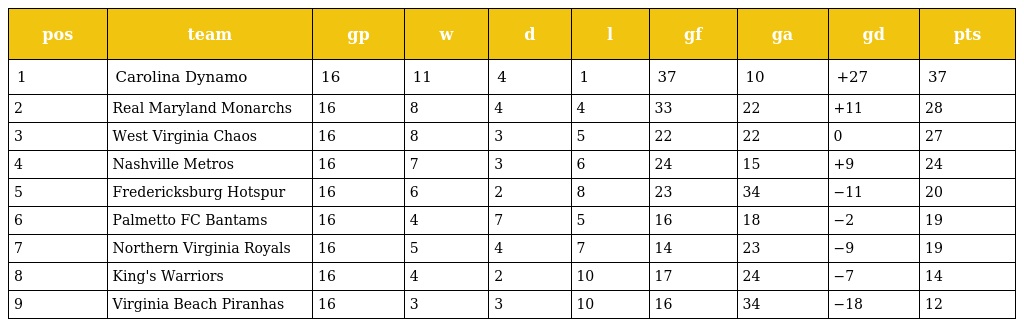
| pos | team | gp | w | d | l | gf | ga | gd | pts |
 | --- | --- | --- | --- | --- | --- | --- | --- | --- | --- |
 | 1 | Carolina Dynamo | 16 | 11 | 4 | 1 | 37 | 10 | +27 | 37 |
 | 2 | Real Maryland Monarchs | 16 | 8 | 4 | 4 | 33 | 22 | +11 | 28 |
 | 3 | West Virginia Chaos | 16 | 8 | 3 | 5 | 22 | 22 | 0 | 27 |
 | 4 | Nashville Metros | 16 | 7 | 3 | 6 | 24 | 15 | +9 | 24 |
 | 5 | Fredericksburg Hotspur | 16 | 6 | 2 | 8 | 23 | 34 | −11 | 20 |
 | 6 | Palmetto FC Bantams | 16 | 4 | 7 | 5 | 16 | 18 | −2 | 19 |
 | 7 | Northern Virginia Royals | 16 | 5 | 4 | 7 | 14 | 23 | −9 | 19 |
 | 8 | King's Warriors | 16 | 4 | 2 | 10 | 17 | 24 | −7 | 14 |
 | 9 | Virginia Beach Piranhas | 16 | 3 | 3 | 10 | 16 | 34 | −18 | 12 |